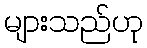
များသည်ဟု